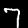
Digit: 7